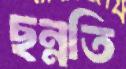
ছন্নতি